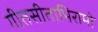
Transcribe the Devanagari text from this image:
गीतसीताभिरामो